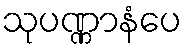
သုပဏ္ဏာနံပေ